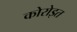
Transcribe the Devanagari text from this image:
कोरोइत